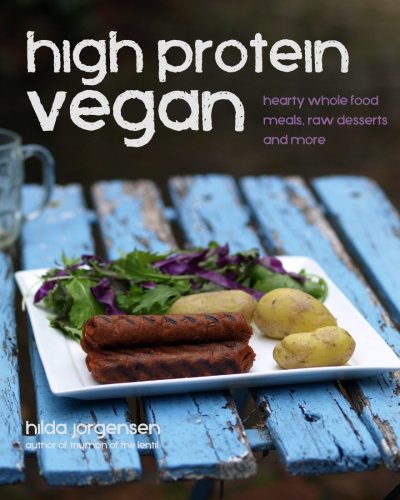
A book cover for High Protein Vegan: Hearty Whole Food Meals, Raw Desserts and More; Hilda Jorgensen; Cookbooks, Food & Wine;